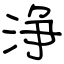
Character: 浄